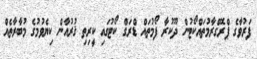
ފަރުވާގެ ޕްރޮގްރާމުތައްކޯޓުން ދޫކުރާ ފޯމުތައް ޑްރަގް ކޯޓުގައި ކީރިތި ޤުރުއާން ކިޔެވުމުގެ މުބާރާތެއް